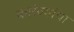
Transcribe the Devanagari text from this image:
कारंज्यांचा